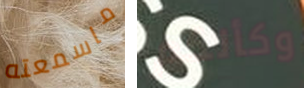
ماسمعته وكأنكم